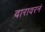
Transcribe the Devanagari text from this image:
दारावरनं